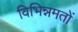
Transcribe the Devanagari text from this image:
विभिन्नमतों